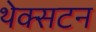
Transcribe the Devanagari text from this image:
थेक्सटन